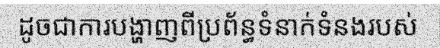
ដូចជាការបង្ហាញពីប្រព័ន្ធទំនាក់ទំនងរបស់